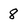
Character: 8